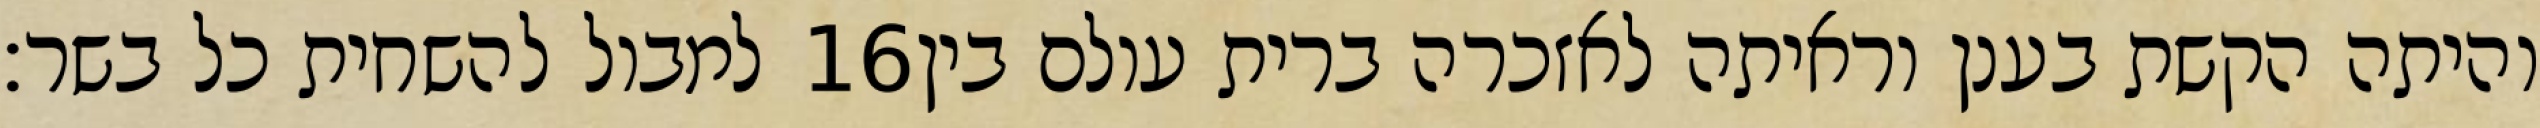
למבול להשחית כל בשר׃ ‎16‏ והיתה הקשת בענן וראיתה לאזכרה ברית עולם בין